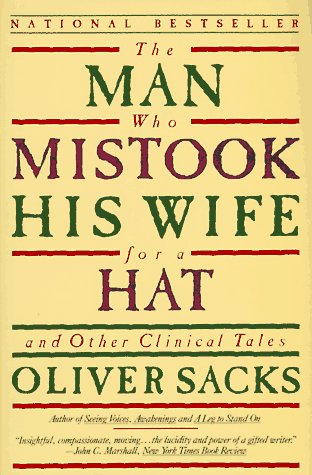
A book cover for The Man Who Mistook his Wife for a Hat and other Clinical Tales; Oliver W. Sacks; Humor & Entertainment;